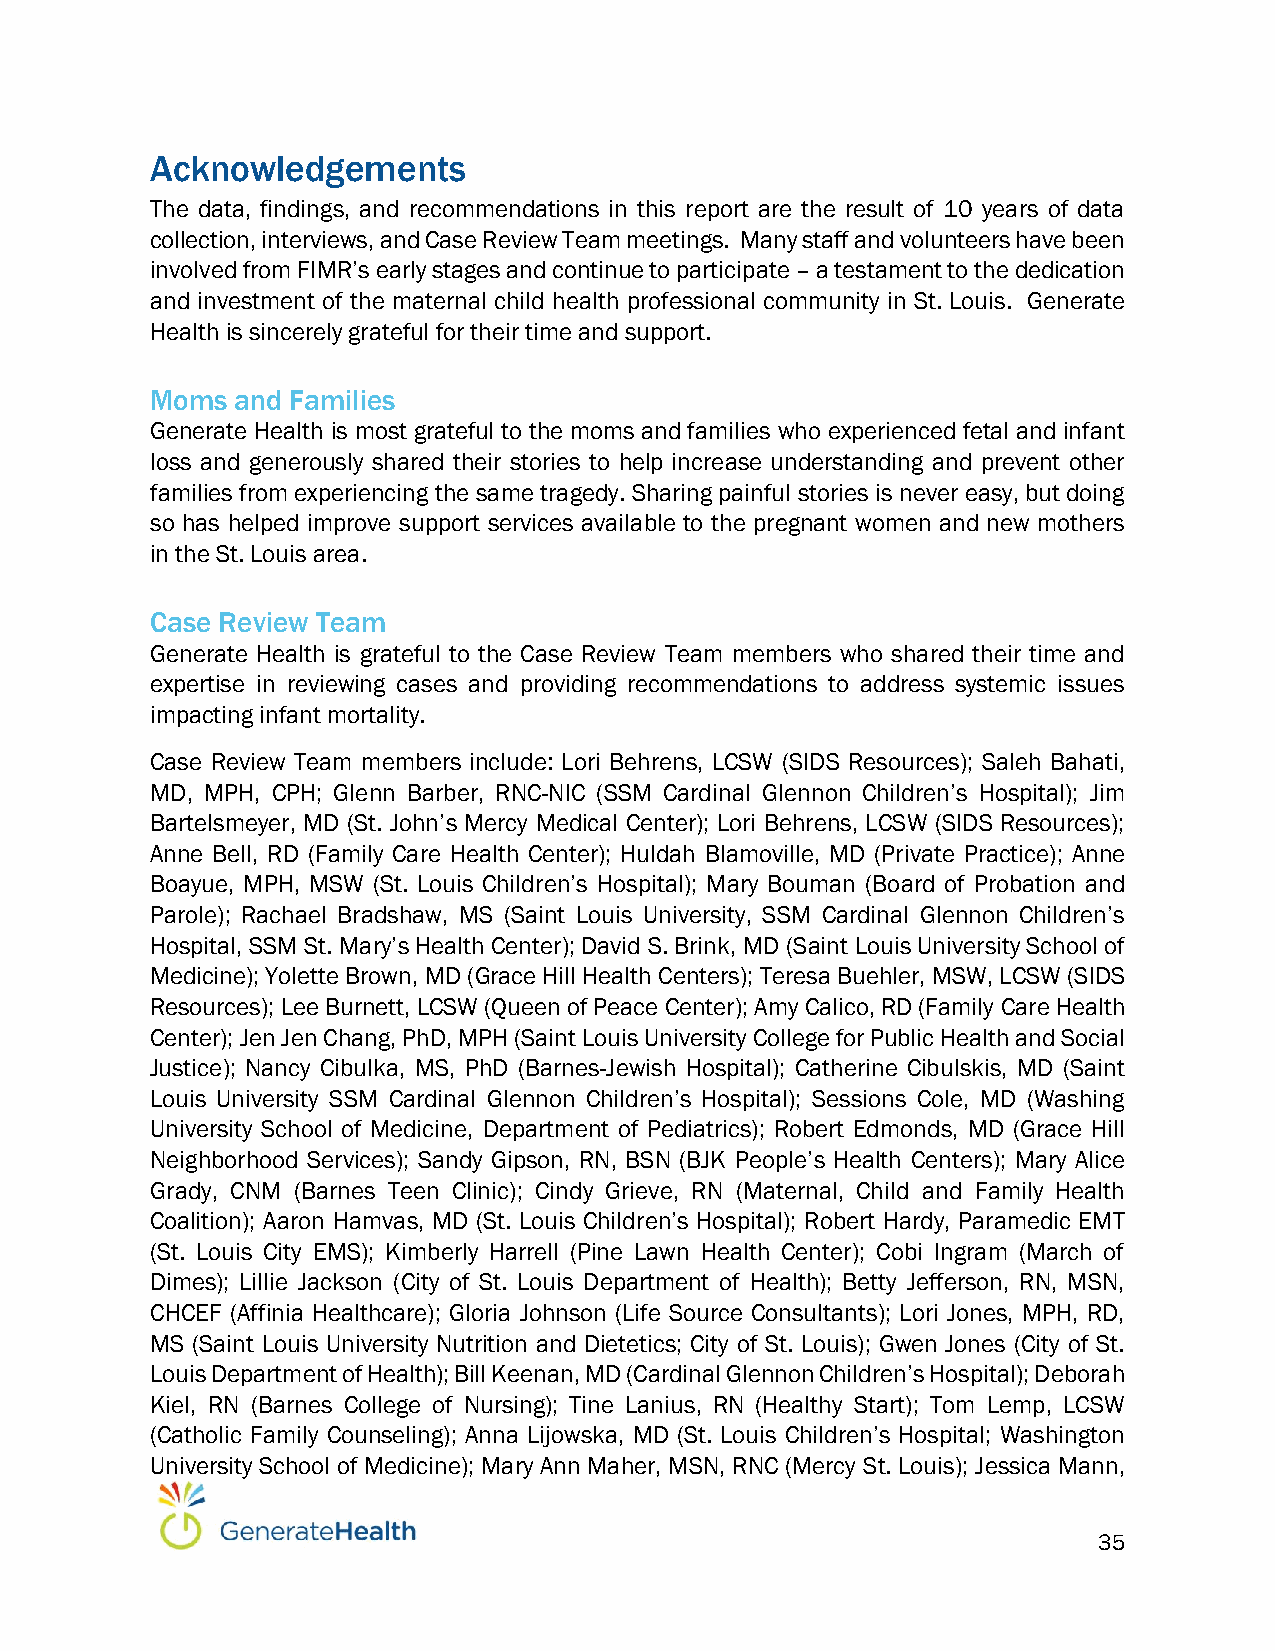
Acknowledgements
 The data, findings, and recommendations in this report are the result of 10 years of data
 collection, interviews, and Case Review Team meetings. Many staff and volunteers have been
 involved from FIMR’s early stages and continue to participate – a testament to the dedication
 and investment of the maternal child health professional community in St. Louis. Generate
 Health is sincerely grateful for their time and support.
 Moms  and Families
 Generate Health is most grateful to the moms and families who experienced fetal and infant
 loss and generously shared their stories to help increase understanding and prevent other
 families from experiencing the same tragedy. Sharing painful stories is never easy, but doing
 so has helped improve support services available to the pregnant women and new mothers
 in the St. Louis area.
 Case Review Team
 Generate Health is grateful to the Case Review Team members who shared their time and
 expertise in reviewing cases and providing recommendations to address systemic issues
 impacting infant mortality.
 Case Review Team members include: Lori Behrens, LCSW (SIDS Resources); Saleh Bahati,
 MD, MPH, CPH; Glenn Barber, RNC-NIC (SSM Cardinal Glennon Children’s Hospital); Jim
 Bartelsmeyer, MD (St. John’s Mercy Medical Center); Lori Behrens, LCSW (SIDS Resources);
 Anne Bell, RD (Family Care Health Center); Huldah Blamoville, MD (Private Practice); Anne
 Boayue, MPH, MSW (St. Louis Children’s Hospital); Mary Bouman (Board of Probation and
 Parole); Rachael Bradshaw, MS (Saint Louis University, SSM Cardinal Glennon Children’s
 Hospital, SSM St. Mary’s Health Center); David S. Brink, MD (Saint Louis University School of
 Medicine); Yolette Brown, MD (Grace Hill Health Centers); Teresa Buehler, MSW, LCSW (SIDS
 Resources); Lee Burnett, LCSW (Queen of Peace Center); Amy Calico, RD (Family Care Health
 Center); Jen Jen Chang, PhD, MPH (Saint Louis University College for Public Health and Social
 Justice); Nancy Cibulka, MS, PhD (Barnes-Jewish Hospital); Catherine Cibulskis, MD (Saint
 Louis University SSM Cardinal Glennon Children’s Hospital); Sessions Cole, MD (Washing
 University School of Medicine, Department of Pediatrics); Robert Edmonds, MD (Grace Hill
 Neighborhood Services); Sandy Gipson, RN, BSN (BJK People’s Health Centers); Mary Alice
 Grady, CNM (Barnes Teen Clinic); Cindy Grieve, RN (Maternal, Child and Family Health
 Coalition); Aaron Hamvas, MD (St. Louis Children’s Hospital); Robert Hardy, Paramedic EMT
 (St. Louis City EMS); Kimberly Harrell (Pine Lawn Health Center); Cobi Ingram (March of
 Dimes); Lillie Jackson (City of St. Louis Department of Health); Betty Jefferson, RN, MSN,
 CHCEF (Affinia Healthcare); Gloria Johnson (Life Source Consultants); Lori Jones, MPH, RD,
 MS (Saint Louis University Nutrition and Dietetics; City of St. Louis); Gwen Jones (City of St.
 Louis Department of Health); Bill Keenan, MD (Cardinal Glennon Children’s Hospital); Deborah
 Kiel, RN (Barnes College of Nursing); Tine Lanius, RN (Healthy Start); Tom Lemp, LCSW
 (Catholic Family Counseling); Anna Lijowska, MD (St. Louis Children’s Hospital; Washington
 University School of Medicine); Mary Ann Maher, MSN, RNC (Mercy St. Louis); Jessica Mann,
 35